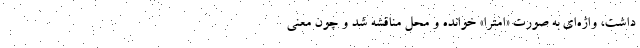
داشت، واژه‌ای به صورت «اِمتِرا» خوانده و محل مناقشه شد و چون معنی